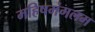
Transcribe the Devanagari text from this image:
महिषमंगलम